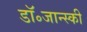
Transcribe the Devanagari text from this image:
डॉ॰जान्स्की